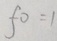
f 0 = 1